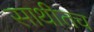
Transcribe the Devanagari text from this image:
साथीतच